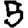
Digit: 5